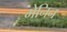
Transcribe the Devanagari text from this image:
मेनिन